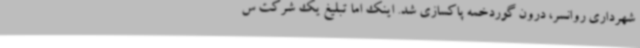
شهرداری روانسر، درون گوردخمه پاکسازی شد. اینک اما تبلیغ یک شرکت س